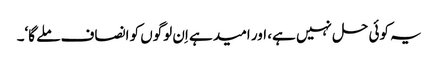
یہ کوئی حل نہیں ہے، اور امید ہے اِن لوگوں کو انصاف ملے گا‘۔